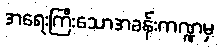
အရေးကြီးသောအခန်းကဏ္ဍမှ